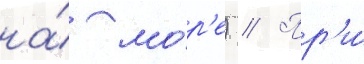
на́ мо́р'е) // Пр'и́